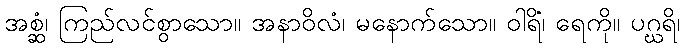
အစ္ဆံ၊ ကြည်လင်စွာသော။ အနာဝိလံ၊ မနောက်သော။ ဝါရိံ၊ ရေကို။ ပဂ္ဃရိ၊